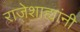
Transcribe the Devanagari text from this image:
राजेशाह्यांनी